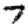
Digit: 7